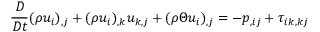
\frac { D } { D t } ( \rho u _ { i } ) _ { , j } + ( \rho u _ { i } ) _ { , k } u _ { k , j } + ( \rho \Theta u _ { i } ) _ { , j } = - p _ { , i j } + \tau _ { i k , k j }